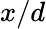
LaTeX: x/d